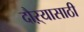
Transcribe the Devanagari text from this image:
दौऱ्यासाठी